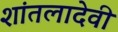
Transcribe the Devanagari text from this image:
शांतलादेवी